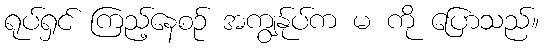
ရုပ်ရှင် ကြည့်နေစဉ် အကျွန်ုပ်က မ ကို ပြောသည်။